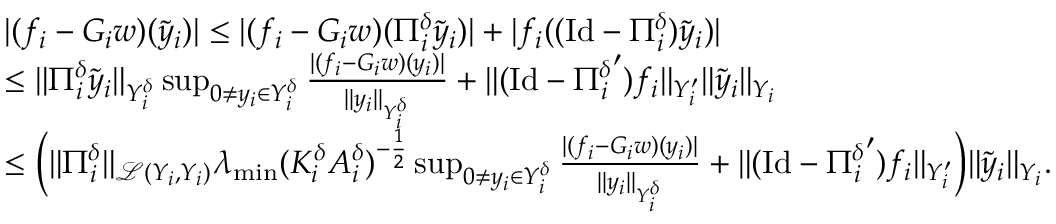
\begin{array} { r l } & { | ( f _ { i } - G _ { i } w ) ( \tilde { y } _ { i } ) | \leq | ( f _ { i } - G _ { i } w ) ( \Pi _ { i } ^ { \delta } \tilde { y } _ { i } ) | + | f _ { i } ( ( \mathrm { I d } - \Pi _ { i } ^ { \delta } ) \tilde { y } _ { i } ) | } \\ & { \leq \| \Pi _ { i } ^ { \delta } \tilde { y } _ { i } \| _ { Y _ { i } ^ { \delta } } \operatorname* { s u p } _ { 0 \neq y _ { i } \in Y _ { i } ^ { \delta } } \frac { | ( f _ { i } - G _ { i } w ) ( y _ { i } ) | } { \| y _ { i } \| _ { Y _ { i } ^ { \delta } } } + \| ( \mathrm { I d } - { \Pi _ { i } ^ { \delta } } ^ { \prime } ) f _ { i } \| _ { Y _ { i } ^ { \prime } } \| \tilde { y } _ { i } \| _ { Y _ { i } } } \\ & { \leq \Big ( \| \Pi _ { i } ^ { \delta } \| _ { \mathcal L ( Y _ { i } , Y _ { i } ) } \lambda _ { \operatorname* { m i n } } ( K _ { i } ^ { \delta } A _ { i } ^ { \delta } ) ^ { - \frac 1 2 } \operatorname* { s u p } _ { 0 \neq y _ { i } \in Y _ { i } ^ { \delta } } \frac { | ( f _ { i } - G _ { i } w ) ( y _ { i } ) | } { \| y _ { i } \| _ { Y _ { i } ^ { \delta } } } + \| ( \mathrm { I d } - { \Pi _ { i } ^ { \delta } } ^ { \prime } ) f _ { i } \| _ { Y _ { i } ^ { \prime } } \Big ) \| \tilde { y } _ { i } \| _ { Y _ { i } } . } \end{array}